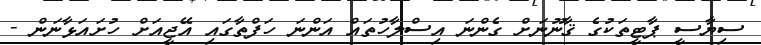
ސިޔާސީ ޕާޓީތަކުގެ ޤާނޫނަށް ގެންނަ އިސްލާހުތައް އަންނަ ހަފްތާގައި އޭޖީއަށް ހުށައަޅާނަން -